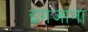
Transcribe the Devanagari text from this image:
इंगजांना